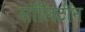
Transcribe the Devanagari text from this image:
सॉलिटॉन